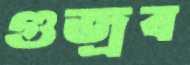
গুজ্‌রব